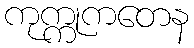
ကုက္ကုကတေန